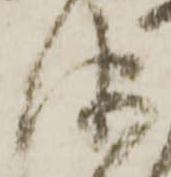
津